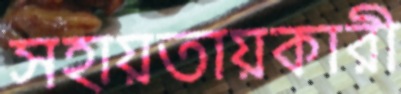
সহায়তায়কারী